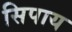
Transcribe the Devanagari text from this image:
सिपाय